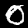
Digit: 0